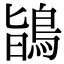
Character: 鴲